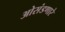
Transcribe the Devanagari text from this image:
ओसंडणारे